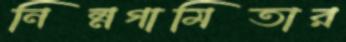
নিম্নগামিতার